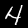
Label: 4